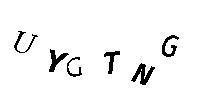
UYGTNG